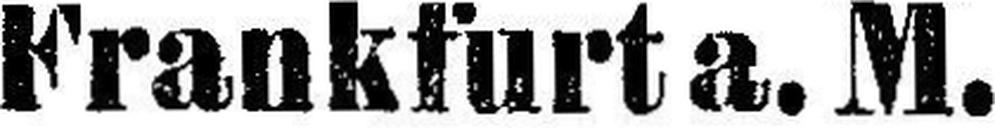
Frankfurt a. M.